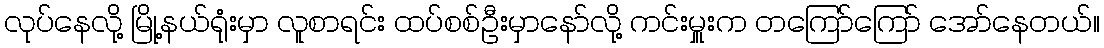
လုပ်နေလို့ မြို့နယ်ရုံးမှာ လူစာရင်း ထပ်စစ်ဦးမှာနော်လို့ ကင်းမှူးက တကြော်ကြော် အော်နေတယ်။